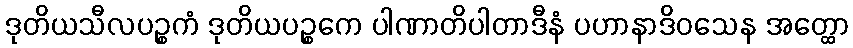
ဒုတိယသီလပဉ္စကံ ဒုတိယပဉ္စကေ ပါဏာတိပါတာဒီနံ ပဟာနာဒိဝသေန အတ္ထော